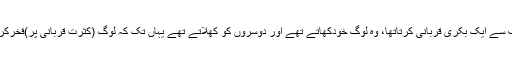
انہوں نے کہا: ایک آدمی اپنی اور اپنے گھروالوں کی طرف سے ایک بکری قربانی کرتاتھا، وہ لوگ خودکھاتے تھے اور دوسروں کو کھلاتے تھے یہاں تک کہ لوگ (کثرت قربانی پر)فخرکرنے لگے اوراب یہ صورت حال ہوگئی جو دیکھ رہے ہو ۔